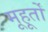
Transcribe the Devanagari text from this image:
मूहूर्तों